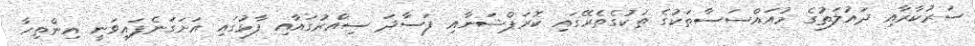
ސަރުކާރާއި ދައުލަތުގެ މުއައްސަސާތަކުގެ ތަކުގެތެރޭގައި ކޮރަޕްޝަނާއި ފަސާދަ ސިއްރުގައާއި ފާޅުގައި އަށަގަނެފައިވަނީ އިންތިހާ